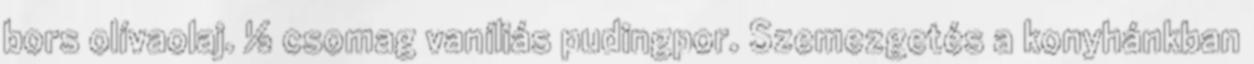
bors olívaolaj. ½ csomag vaníliás pudingpor. Szemezgetés a konyhánkban